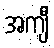
အကျီ